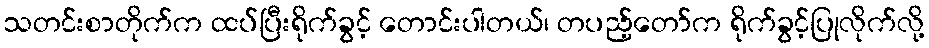
သတင်းစာတိုက်က ထပ်ပြီးရိုက်ခွင့် တောင်းပါတယ်၊ တပည့်တော်က ရိုက်ခွင့်ပြုလိုက်လို့